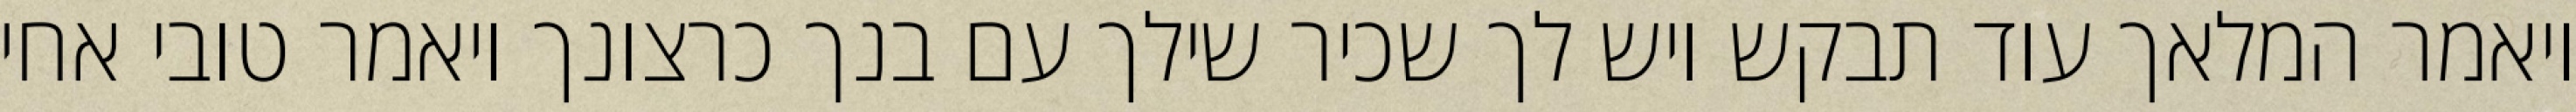
ויאמר המלאך עוד תבקש ויש לך שכיר שילך עם בנך כרצונך ויאמר טובי אחי